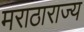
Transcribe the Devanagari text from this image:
मराठाराज्य